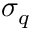
\sigma _ { q }